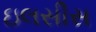
ઇલસીસ